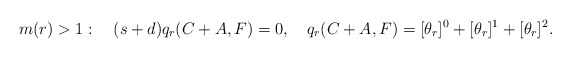
\begin{align*}m(r)>1:\quad (s+d)q_r(C+A,F)=0,\quad q_r(C+A,F)=[\theta_r]^0+[\theta_r]^1+[\theta_r]^2.\end{align*}